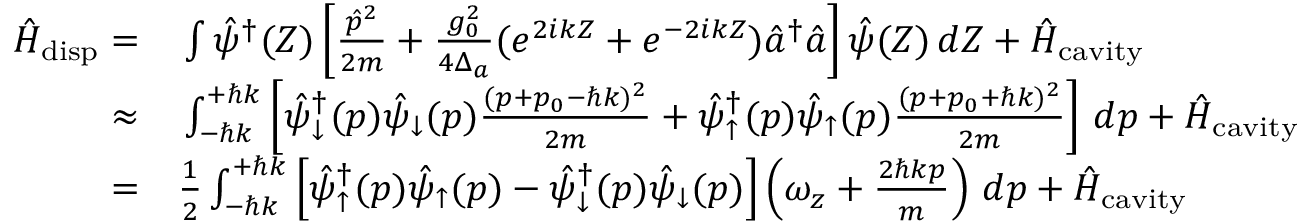
\begin{array} { r l } { \hat { H } _ { \mathrm { d i s p } } = } & { { } \int \hat { \psi } ^ { \dagger } ( Z ) \left[ \frac { \hat { p } ^ { 2 } } { 2 m } + \frac { g _ { 0 } ^ { 2 } } { 4 \Delta _ { a } } ( e ^ { 2 i k Z } + e ^ { - 2 i k Z } ) \hat { a } ^ { \dagger } \hat { a } \right] \hat { \psi } ( Z ) \, d Z + \hat { H } _ { \mathrm { c a v i t y } } } \\ { \approx } & { { } \int _ { - \hbar k } ^ { + \hbar k } \left[ \hat { \psi } _ { \downarrow } ^ { \dagger } ( p ) \hat { \psi } _ { \downarrow } ( p ) \frac { ( p + p _ { 0 } - \hbar k ) ^ { 2 } } { 2 m } + \hat { \psi } _ { \uparrow } ^ { \dagger } ( p ) \hat { \psi } _ { \uparrow } ( p ) \frac { ( p + p _ { 0 } + \hbar k ) ^ { 2 } } { 2 m } \right] \, d p + \hat { H } _ { \mathrm { c a v i t y } } } \\ { = } & { { } \frac { 1 } { 2 } \int _ { - \hbar k } ^ { + \hbar k } \left[ \hat { \psi } _ { \uparrow } ^ { \dagger } ( p ) \hat { \psi } _ { \uparrow } ( p ) - \hat { \psi } _ { \downarrow } ^ { \dagger } ( p ) \hat { \psi } _ { \downarrow } ( p ) \right] \left( \omega _ { z } + \frac { 2 \hbar k p } { m } \right) \, d p + \hat { H } _ { \mathrm { c a v i t y } } } \end{array}